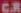
CR